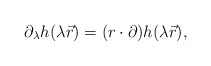
\begin{align*}\partial_\lambda h(\lambda \vec{r}) = (r \cdot \partial) h(\lambda \vec{r}),\end{align*}